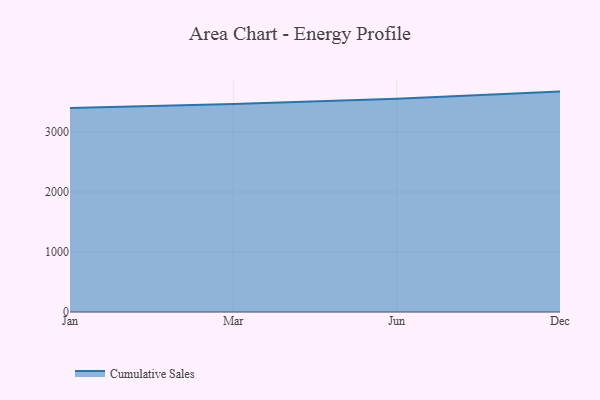
{"axis": {"x": "Month", "y": "Active Users"}, "legend": ["Cumulative Sales"], "data": [{"x": "Jan", "y": 3401.9, "type": "Cumulative Sales"}, {"x": "Mar", "y": 3468.6, "type": "Cumulative Sales"}, {"x": "Jun", "y": 3553.8, "type": "Cumulative Sales"}, {"x": "Dec", "y": 3673.3, "type": "Cumulative Sales"}]}